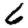
Digit: 6